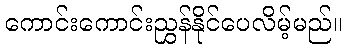
ကောင်းကောင်းညွှန်နိုင်ပေလိမ့်မည်။